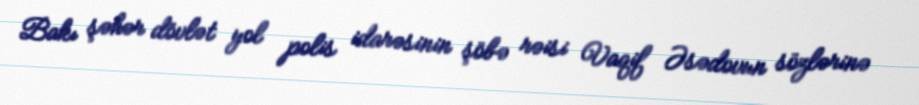
Bakı şəhər dövlət yol polis idarəsinin şöbə rəisi Vaqif Əsədovun sözlərinə